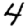
Digit: 4